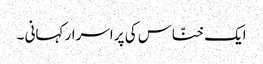
ایک خنّاس کی پر اسرار کہانی ۔